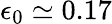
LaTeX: \epsilon_{0}\simeq 0.17